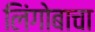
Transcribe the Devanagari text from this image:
लिंगोबाचा